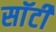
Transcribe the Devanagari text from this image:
साॅर्टी